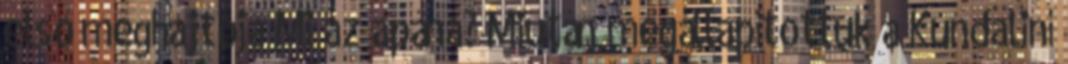
első meghajtója Mi az apána? Miután megállapítottuk a Kundaliní